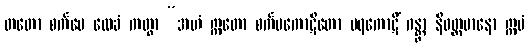
တတော စင်္ကမေ လေခံ ကတွာ “အဟံ ဣတော စင်္ကမကောဋိတော ပရကောဋိံ ဂန္တွာ နိဝတ္တမာနော ဣမံ